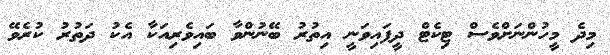
މިދެ މީހުންނަށްވެސް ޓިކެޓް ދީފައިވަނީ އިތުރު ބޭނުންވާ ބައިވެރިއަކާ އެކު ދަތުރު ކުރެވޭ